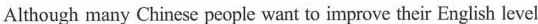
Although many Chinese people want to improve their English level